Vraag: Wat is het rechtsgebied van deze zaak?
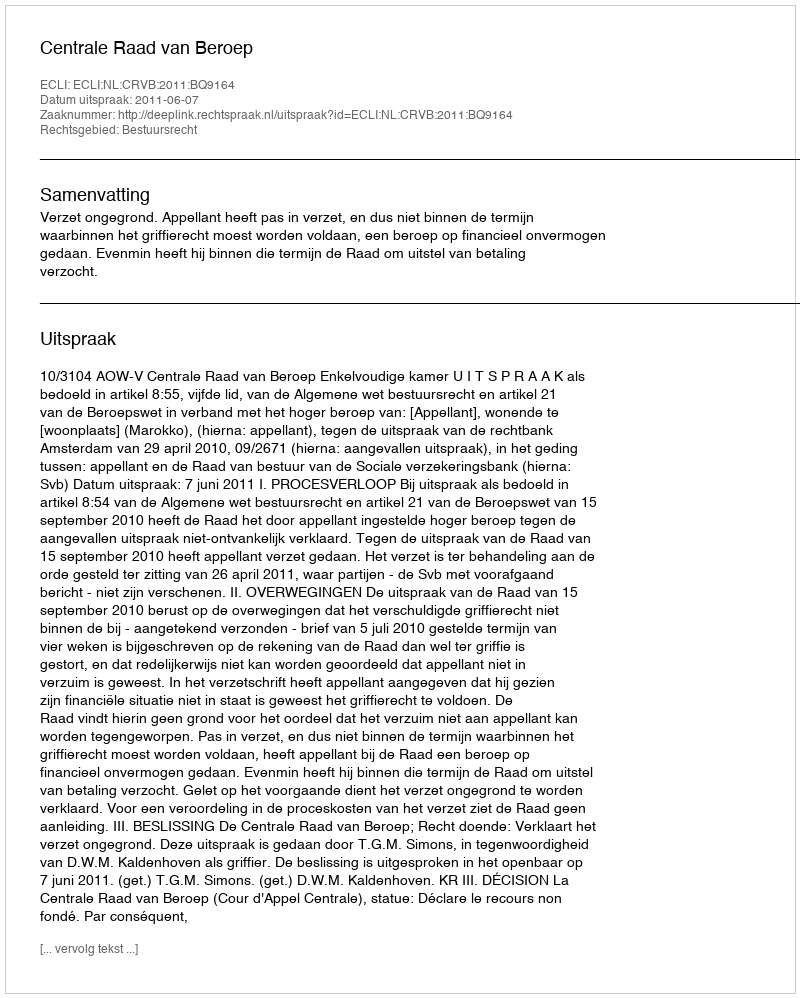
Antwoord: Bestuursrecht